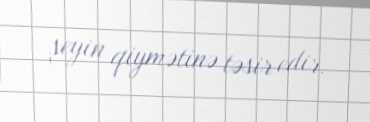
şeyin qiymətinə təsir edir.